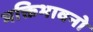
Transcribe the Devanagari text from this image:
भक्तिभावनो